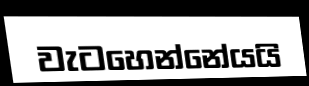
වැටහෙන්නේයයි